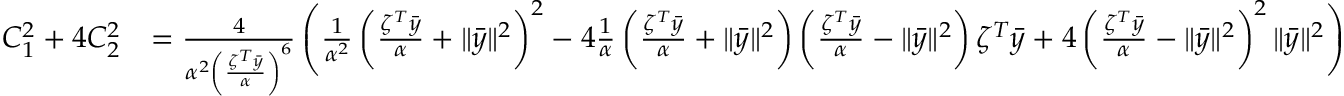
\begin{array} { r l } { C _ { 1 } ^ { 2 } + 4 C _ { 2 } ^ { 2 } } & { = \frac { 4 } { \alpha ^ { 2 } \left( \frac { \zeta ^ { T } \bar { y } } { \alpha } \right) ^ { 6 } } \left( \frac { 1 } { \alpha ^ { 2 } } \left( \frac { \zeta ^ { T } \bar { y } } { \alpha } + \| \bar { y } \| ^ { 2 } \right) ^ { 2 } - 4 \frac { 1 } { \alpha } \left( \frac { \zeta ^ { T } \bar { y } } { \alpha } + \| \bar { y } \| ^ { 2 } \right) \left( \frac { \zeta ^ { T } \bar { y } } { \alpha } - \| \bar { y } \| ^ { 2 } \right) \zeta ^ { T } \bar { y } + 4 \left( \frac { \zeta ^ { T } \bar { y } } { \alpha } - \| \bar { y } \| ^ { 2 } \right) ^ { 2 } \| \bar { y } \| ^ { 2 } \right) } \end{array}